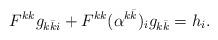
LaTeX: \begin{align*} F^{kk} g_{k\bar ki} + F^{kk}(\alpha^{k\bar k})_ig_{k\bar k} = h_i. \end{align*}